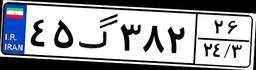
۴۵گ۳۸۲۲۶